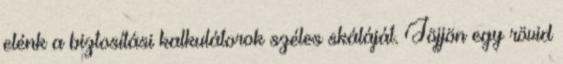
elénk a biztosítási kalkulátorok széles skáláját. Jöjjön egy rövid